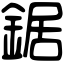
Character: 鋸